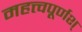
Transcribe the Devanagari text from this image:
महत्त्वपूर्णश्